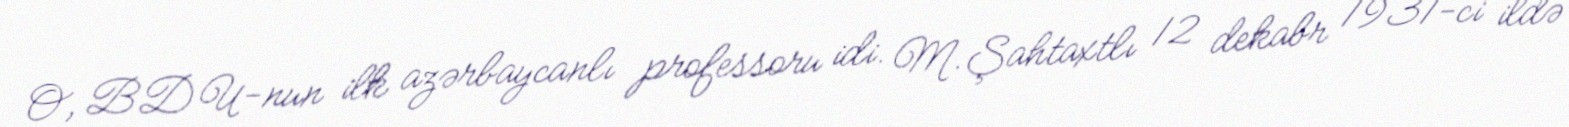
O, BDU-nun ilk azərbaycanlı professoru idi. M.Şahtaxtlı 12 dekabr 1931-ci ildə